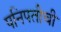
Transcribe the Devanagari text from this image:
पनिपतीची